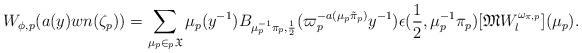
LaTeX: \begin{align*}W_{\phi,p}(a(y)wn(\zeta_p)) = \sum_{\mu_p\in {}_p\mathfrak{X}}\mu_p(y^{-1})B_{\mu_p^{-1}\pi_{p},\frac{1}{2}}(\varpi_{p}^{-a(\mu_p\tilde{\pi}_{p})}y^{-1})\epsilon(\frac{1}{2},\mu_p^{-1}\pi_{p})[\mathfrak{M}W_l^{\omega_{\pi,p}}](\mu_p). \end{align*}